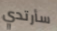
سأرتدي